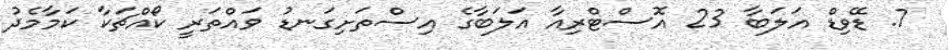
7. ޑޭވިޑް އަލަބާ 23 އޮސްޓްރިއާ އަލަބާގެ އިސްތަށިގަނޑު ވައްތަރީ ކޯއްޗަކާ ކަމާމެދު